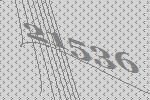
21536